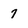
Character: 7